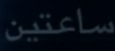
ساعتين